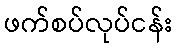
ဖက်စပ်လုပ်ငန်း